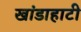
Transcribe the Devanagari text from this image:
खांडाहाटी